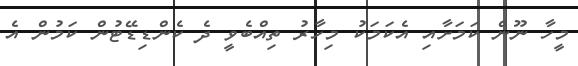
މީހާ ނޫން ކަމަށާއި އެކަމަކު މިހާރު ތިއްބެވީ ދެ ކެންޑިޑޭޓުން ކަމުން އެ